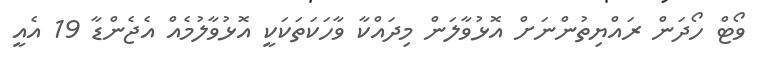
ވޯޓް ހޯދަން ރައްޔިތުންނަށް އޮޅުވާލަން މިދައްކާ ވާހަކަތަކަކީ އޮޅުވާލުމެއް އެޖެންޑާ 19 އެއީ